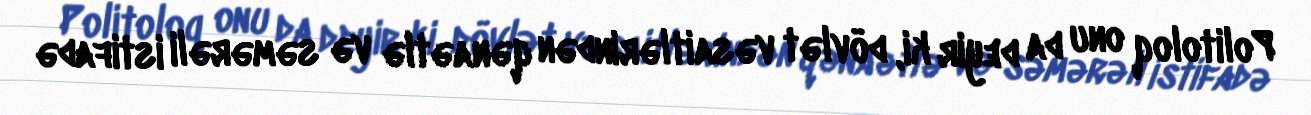
Politoloq onu da deyir ki, dövlət vəsaitlərindən qənaətlə və səmərəli istifadə